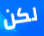
لكن